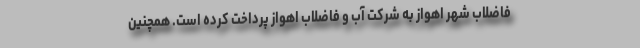
فاضلاب شهر اهواز به شرکت آب و فاضلاب اهواز پرداخت کرده است. همچنین